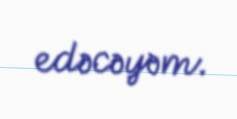
edəcəyəm.